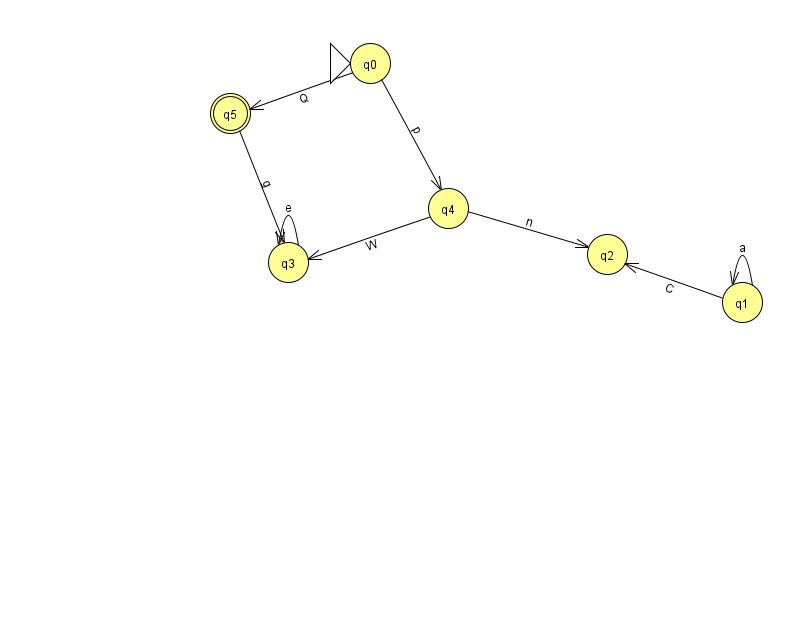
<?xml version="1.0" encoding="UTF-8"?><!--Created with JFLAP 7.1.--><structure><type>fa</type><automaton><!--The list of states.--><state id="0" name="q0"><x>370.0</x><y>50.0</y><initial/></state><state id="1" name="q1"><x>742.0</x><y>289.0</y></state><state id="2" name="q2"><x>607.0</x><y>241.0</y></state><state id="3" name="q3"><x>288.0</x><y>249.0</y></state><state id="4" name="q4"><x>448.0</x><y>195.0</y></state><state id="5" name="q5"><x>230.0</x><y>100.0</y><final/></state><!--The list of transitions.--><transition><from>0</from><to>5</to><read>Q</read></transition><transition><from>1</from><to>1</to><read>a</read></transition><transition><from>3</from><to>3</to><read>e</read></transition><transition><from>5</from><to>3</to><read>g</read></transition><transition><from>0</from><to>4</to><read>p</read></transition><transition><from>4</from><to>2</to><read>n</read></transition><transition><from>1</from><to>2</to><read>C</read></transition><transition><from>4</from><to>3</to><read>W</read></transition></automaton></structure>